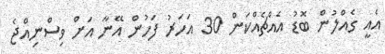
އެއީ ގެއްލުން ބޮޑު އެއްޗެއްކަން 30 އަހަރު ފަހުން އޭނާ އަށް ވިސްނިއްޖެ